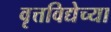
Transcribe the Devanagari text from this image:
वृत्तविद्येच्या